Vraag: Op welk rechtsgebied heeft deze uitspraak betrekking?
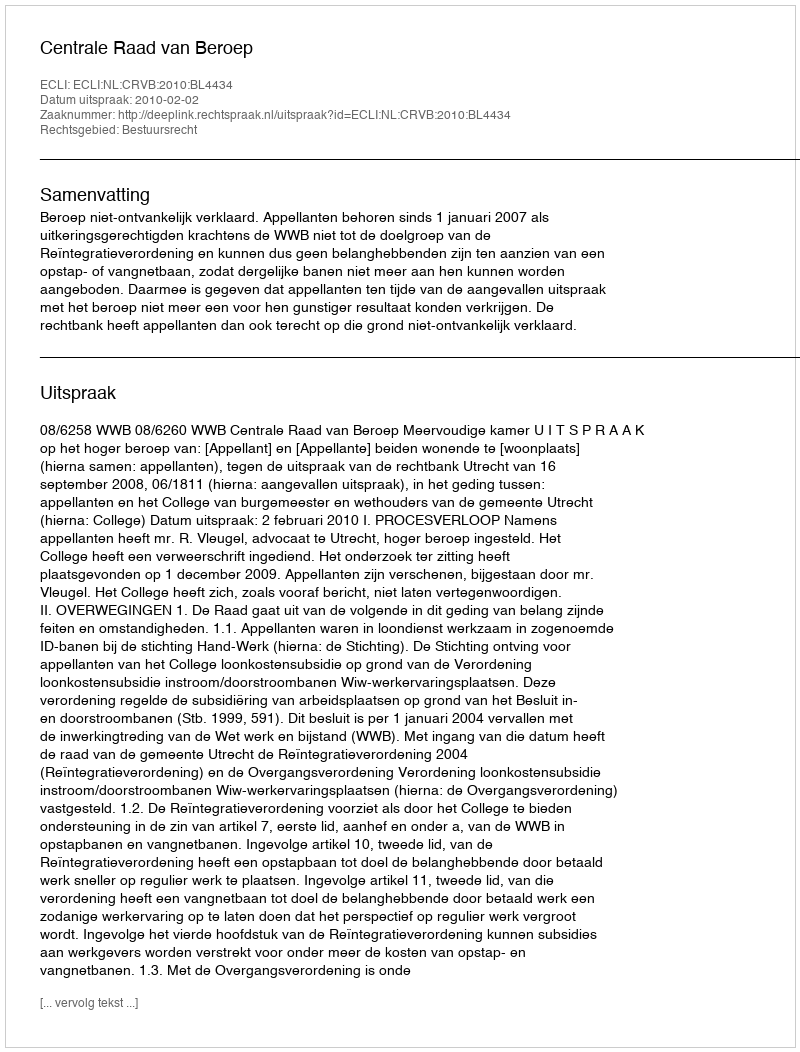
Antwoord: Bestuursrecht